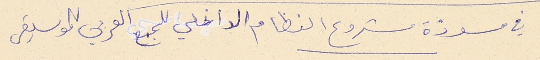
في مسودة مشروع النظام الداخلي للمجمع العربي للموسيقى